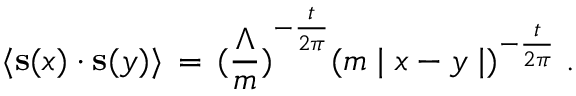
\langle { \bf s } ( x ) \cdot { \bf s } ( y ) \rangle \, = \, { ( \frac { \Lambda } { m } ) } ^ { - \frac { t } { 2 \pi } } { ( m \mid x - y \mid ) } ^ { - \frac { t } { 2 \pi } } \; .